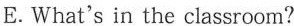
E.What's in the classroom?